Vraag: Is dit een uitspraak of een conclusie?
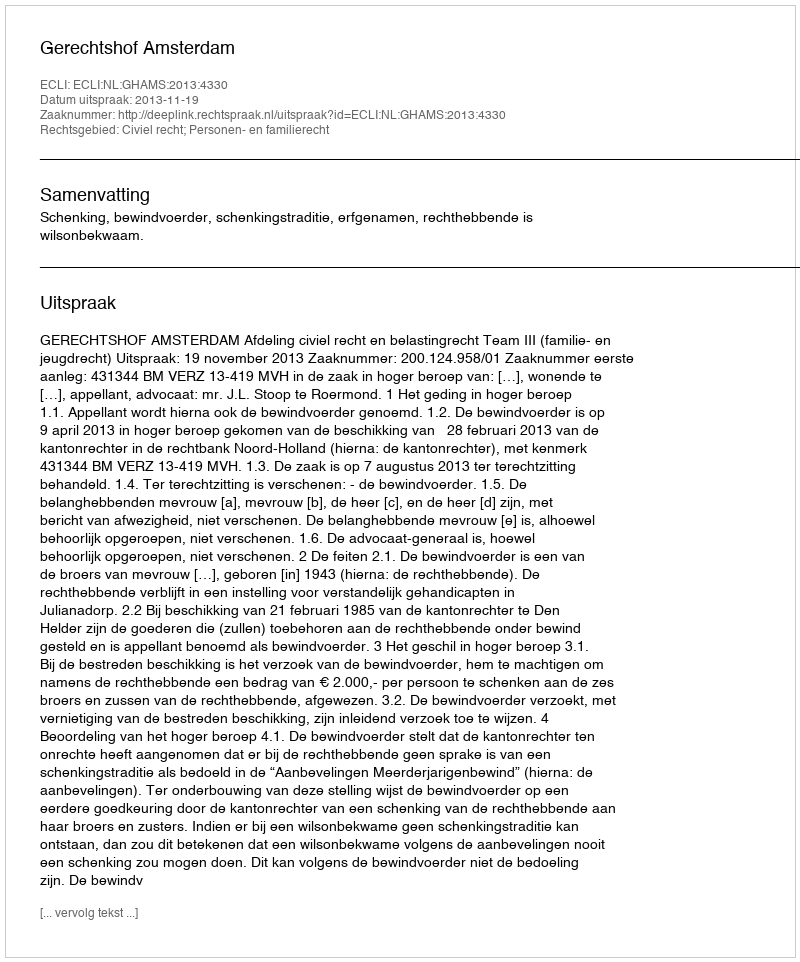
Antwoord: Uitspraak